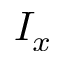
I _ { x }